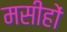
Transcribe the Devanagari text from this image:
मसीहों